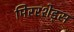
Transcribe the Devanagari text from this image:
मिररशेड्स